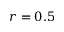
r = 0 . 5